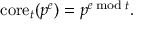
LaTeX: \mathrm { c o r e } _ { t } ( p ^ { e } ) = p ^ { e { \bmod { t } } } .